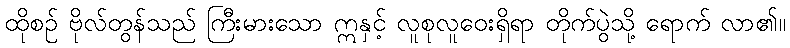
ထိုစဉ် ဗိုလ်တွန်သည် ကြီးမားသော ဣနှင့် လူစုလူဝေးရှိရာ တိုက်ပွဲသို့ ရောက် လာ၏။